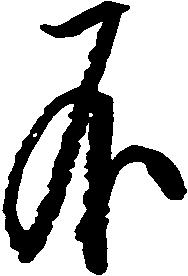
不